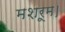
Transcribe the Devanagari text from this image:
मशरूम।